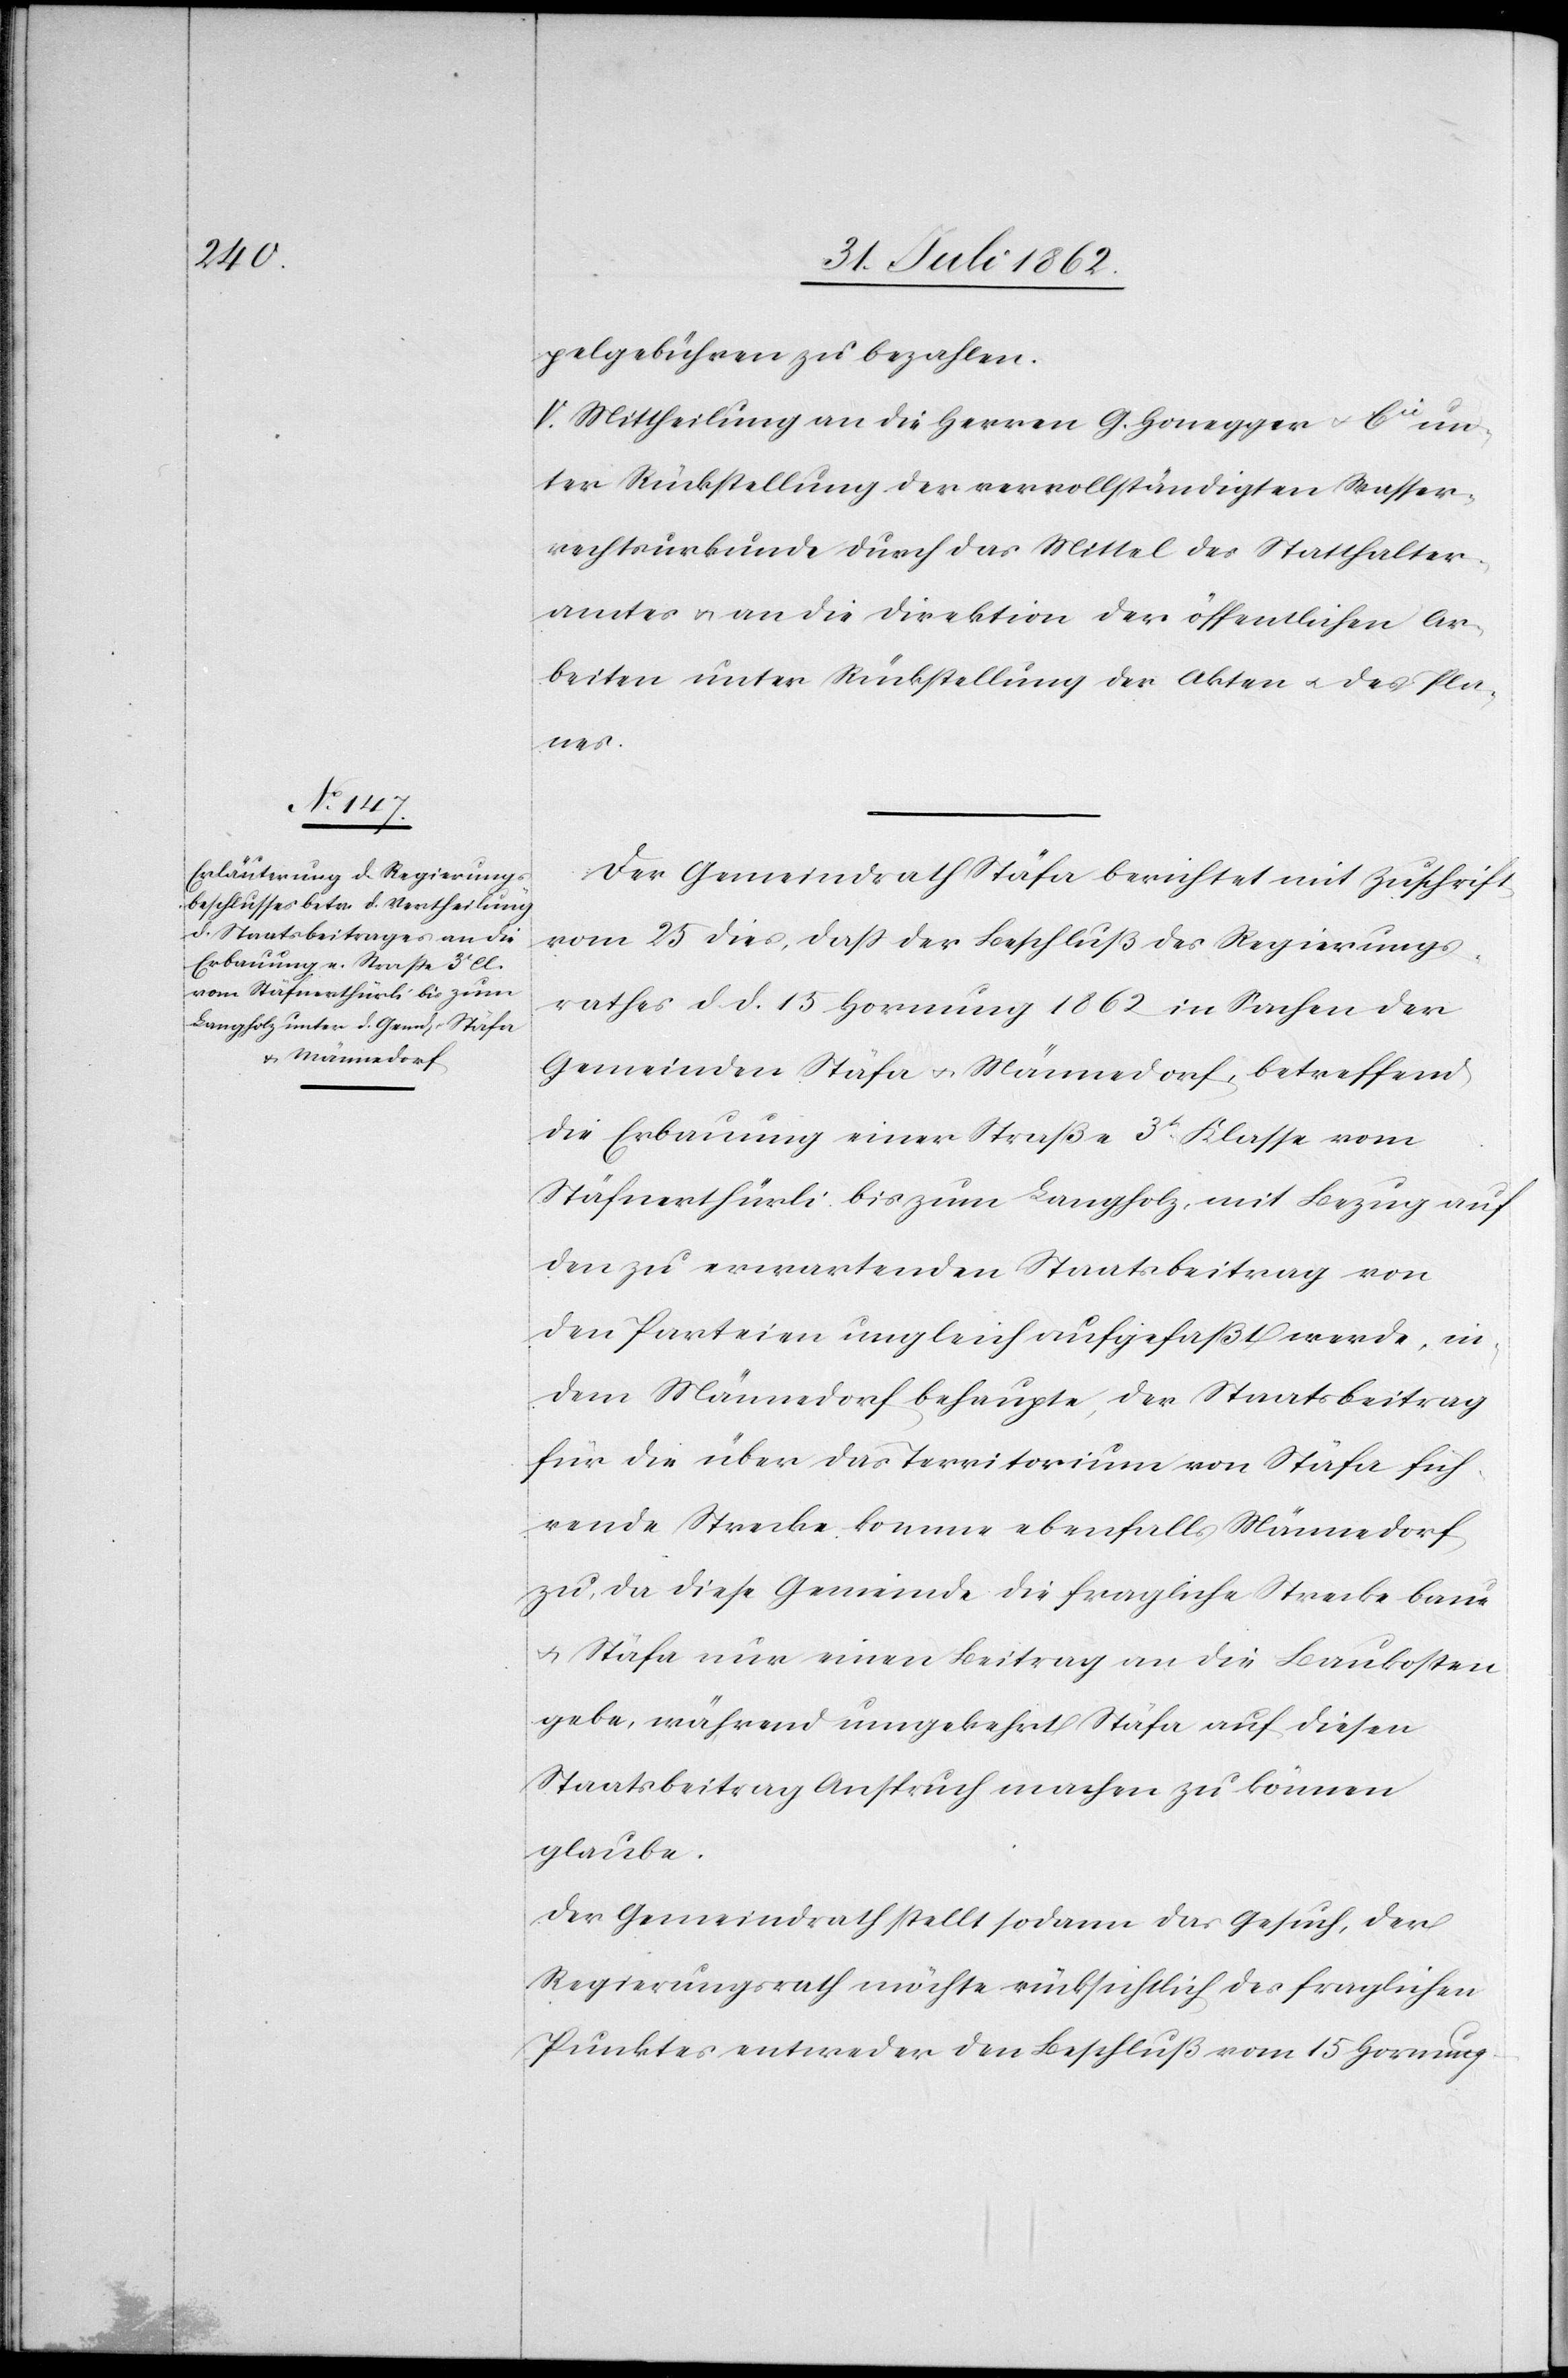
pelgebühren zu bezahlen.
V. Mittheilung an die Herren G. Honegger u. Cie un¬
ter Rückstellung der vervollständigten Wasser¬
rechtsurkunde durch das Mittel des Statthalter¬
amtes u. an die Direktion der öffentlichen Ar¬
beiten unter Rückstellung der Akten u. des Pla¬
nes.
Der Gemeindrath Stäfa berichtet mit Zuschrift
vom 25. dies, daß der Beschluß des Regierungs¬
rathes d. d. 15. Hornung 1862 in Sachen der
Gemeinden Stäfa u. Männedorf, betreffend
die Erbauung einer Straße 3t Klasse vom
Stäfnerthürli bis zum Langholz, mit Bezug auf
den zu erwartenden Staatsbeitrag von
den Parteien ungleich aufgefaßt werde, in¬
dem Männedorf behaupte, der Staatsbeitrag
für die über das Territorium von Stäfa füh¬
rende Strecke komme ebenfalls Männedorf
zu, da diese Gemeinde die fragliche Strecke baue
u. Stäfa nur einen Beitrag an die Baukosten
gebe, während umgekehrt Stäfa auf diesen
Staatsbeitrag Anspruch machen zu können
glaube.
Der Gemeindrath stellt sodann das Gesuch, der
Regierungsrath möchte rücksichtlich des fraglichen
Punktes entweder den Beschluß vom 15. Hornung